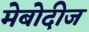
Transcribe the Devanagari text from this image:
मेबोदीज